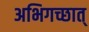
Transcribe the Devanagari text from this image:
अभिगच्छात्